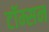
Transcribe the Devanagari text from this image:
टॉम्सन